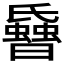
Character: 𱢳